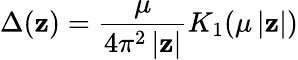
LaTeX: \Delta(\mathbf{z})=\frac{{\mu}}{{4\pi^{2}\left|\mathbf{z}\right|}}K_{1}(\mu\left|\mathbf{z}\right|)